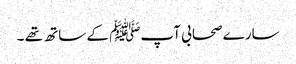
سارے صحابی آپﷺ کے ساتھ تھے ۔